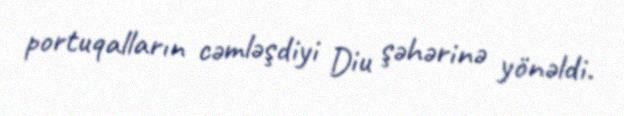
portuqalların cəmləşdiyi Diu şəhərinə yönəldi.